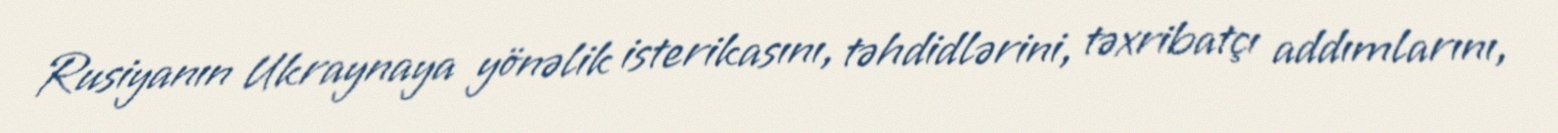
Rusiyanın Ukraynaya yönəlik isterikasını, təhdidlərini, təxribatçı addımlarını,